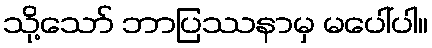
သို့သော် ဘာပြဿနာမှ မပေါ်ပါ။